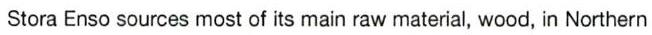
Stora Enso sources most of its main raw material, wood, in Northern